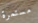
مستمرة